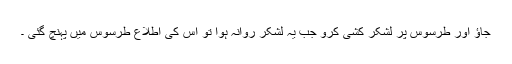
جاؤ اور طرسوس پر لشکر کشی کرو جب یہ لشکر روانہ ہوا تو اس کی اطلاع طرسوس میں پہنچ گئی ۔